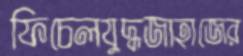
ফিচেলযুদ্ধজাহাজের